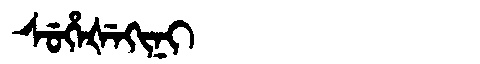
Manchu: ᠰᡠᡥᡝᡧᡝᡴᡳᠨᡳ
Romanization: SUHEŠEKINI